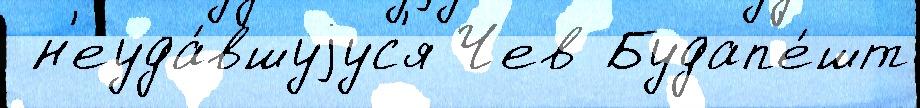
 н'еуда́вшуjус'я Чев Будап'е́шт